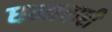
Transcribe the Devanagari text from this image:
धम्मचारी